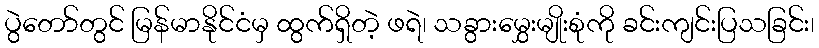
ပွဲတော်တွင် မြန်မာနိုင်ငံမှ ထွက်ရှိတဲ့ ဖရဲ၊ သခွားမွှေးမျိုးစုံကို ခင်းကျင်းပြသခြင်း၊